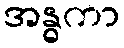
အန္ဓကာ